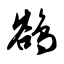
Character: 鹆